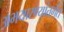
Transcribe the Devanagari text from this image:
अभयारण्यांतर्गत